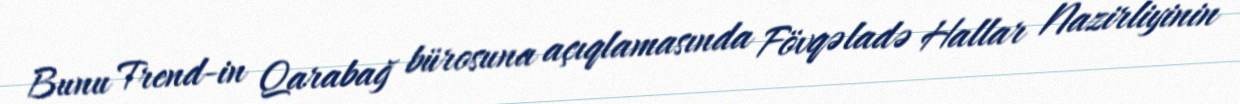
Bunu Trend-in Qarabağ bürosuna açıqlamasında Fövqəladə Hallar Nazirliyinin